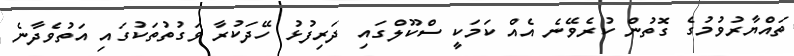
ތައްޔާރުވުމުގެ ގޮތުން ކުރެވޭނެ އެއް ކަމަކީ ސްކޫލްގައި ދަރިފުޅު ހޭދަކުރާ ވަގުތުތަކުގައި އަތުވެދާނެ